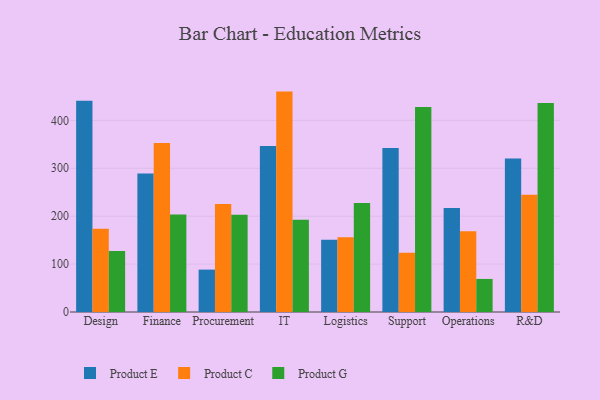
{"axis": {"x": "Department", "y": "Satisfaction Score"}, "legend": ["Product C", "Product E", "Product G"], "data": [{"x": "Design", "y": 441.0, "type": "Product E"}, {"x": "Design", "y": 173.5, "type": "Product C"}, {"x": "Design", "y": 127.1, "type": "Product G"}, {"x": "Finance", "y": 289.1, "type": "Product E"}, {"x": "Finance", "y": 352.9, "type": "Product C"}, {"x": "Finance", "y": 203.5, "type": "Product G"}, {"x": "Procurement", "y": 88.5, "type": "Product E"}, {"x": "Procurement", "y": 225.6, "type": "Product C"}, {"x": "Procurement", "y": 202.8, "type": "Product G"}, {"x": "IT", "y": 346.7, "type": "Product E"}, {"x": "IT", "y": 460.0, "type": "Product C"}, {"x": "IT", "y": 192.3, "type": "Product G"}, {"x": "Logistics", "y": 150.7, "type": "Product E"}, {"x": "Logistics", "y": 156.2, "type": "Product C"}, {"x": "Logistics", "y": 227.6, "type": "Product G"}, {"x": "Support", "y": 342.4, "type": "Product E"}, {"x": "Support", "y": 123.7, "type": "Product C"}, {"x": "Support", "y": 427.7, "type": "Product G"}, {"x": "Operations", "y": 216.9, "type": "Product E"}, {"x": "Operations", "y": 168.3, "type": "Product C"}, {"x": "Operations", "y": 69.0, "type": "Product G"}, {"x": "R&D", "y": 320.6, "type": "Product E"}, {"x": "R&D", "y": 244.9, "type": "Product C"}, {"x": "R&D", "y": 436.1, "type": "Product G"}]}